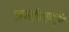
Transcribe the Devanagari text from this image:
ऋणदारिद्रयदुःखेन